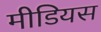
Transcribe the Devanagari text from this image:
मीडियस